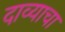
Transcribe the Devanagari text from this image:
दाव्याचा